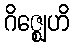
ဂိဇ္ဈေဟိ